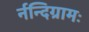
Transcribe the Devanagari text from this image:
र्नन्दिग्रामः